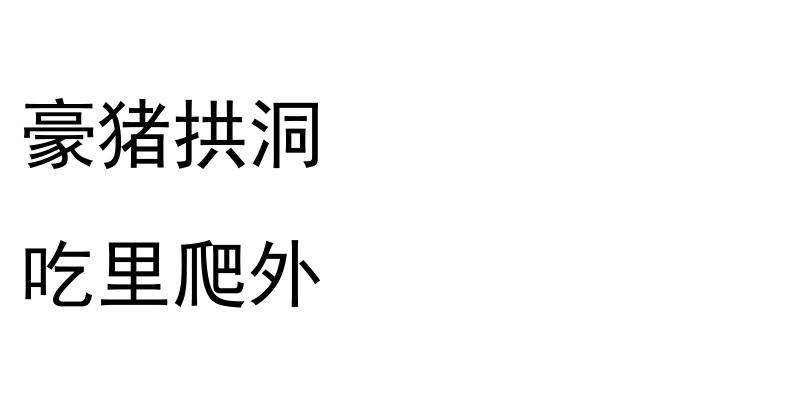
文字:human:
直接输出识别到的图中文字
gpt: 豪猪拱洞 吃里爬外